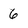
Character: 6